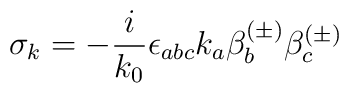
\sigma _k=-\frac i{k_0}\epsilon _{abc}k_a\beta _b^{(\pm )}\beta _c^{(\pm )}